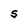
Character: S